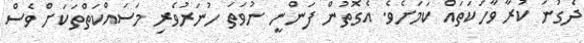
ދެގުނަ ކުރާ ވާހަކަތައް ކަމަށެވެ. އެގޮތުން ފަންނީ ނުވަތަ ހުނަރުވެރި މަސައްކަތްތަކަށް ވެސް